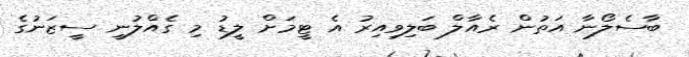
ބާސެލޯނާ އަތުން ރެއާލް ބަލިވިއިރު އެ ޓީމަށް ލީޑު މި ގެއްލުނީ ސީޒަނުގެ